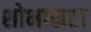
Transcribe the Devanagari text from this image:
शोभास्रष्टा